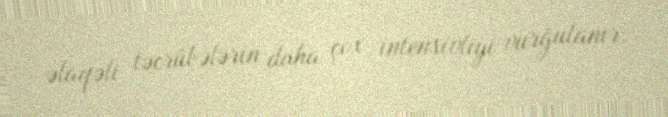
əlaqəli təcrübələrin daha çox intensivliyi vurğulanır.